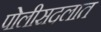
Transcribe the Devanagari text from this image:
पोलीसदलात